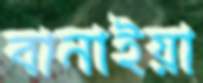
বানাইয়া